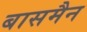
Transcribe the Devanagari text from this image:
बासमैन